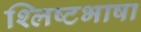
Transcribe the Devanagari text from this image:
श्लिष्टभाषा